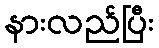
နားလည်ပြီး